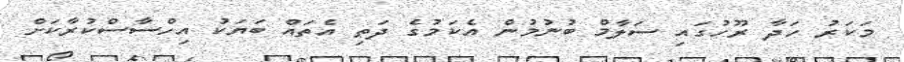
މަކަރު ހަދާ ރޫހުގައި ސަލާމް ބުނުމުން އެކަމުގެ ދަތި އެތައް ބަޔަކު އިހްސާސްކުރާކަށް